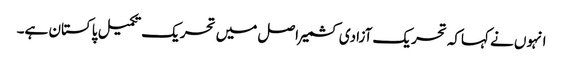
انہوں نے کہاکہ تحریک آزادی کشمیر اصل میں تحریک تکمیل پاکستان ہے۔